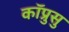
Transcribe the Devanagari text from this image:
कॉप्रुसु